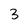
Character: 3